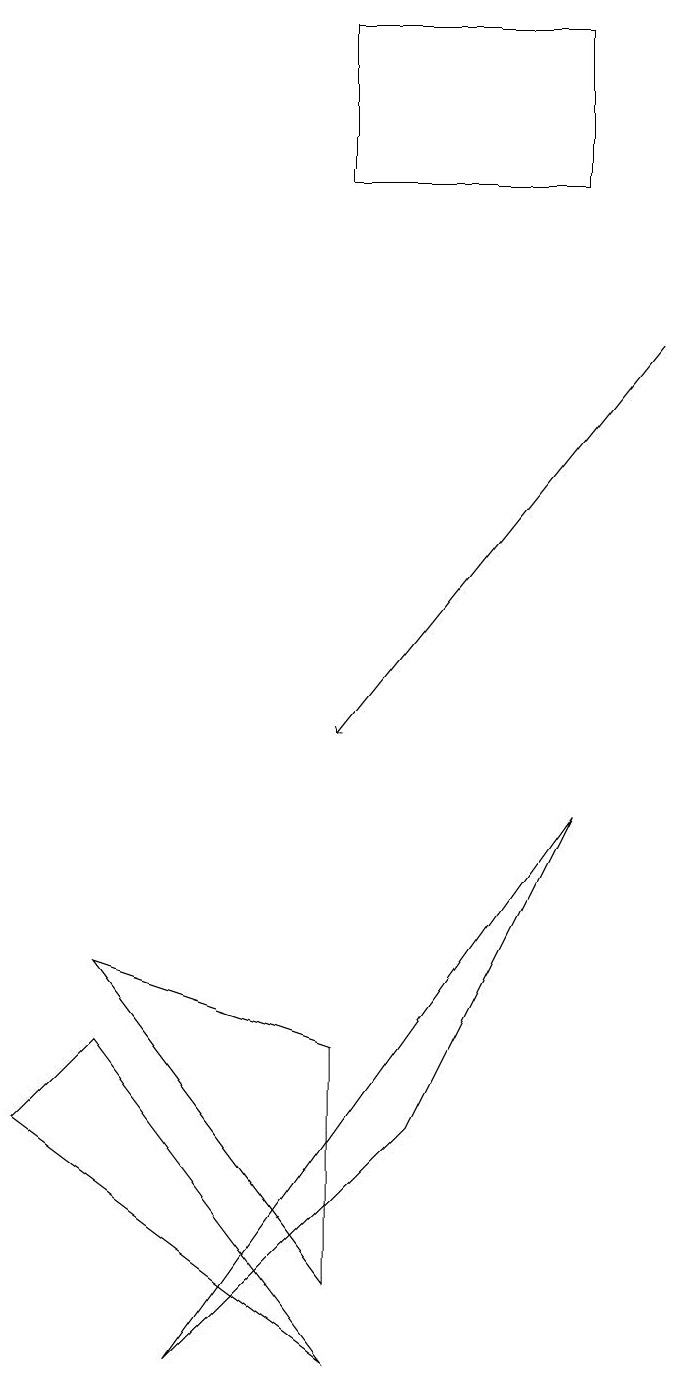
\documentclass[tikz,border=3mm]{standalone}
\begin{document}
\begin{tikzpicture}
\draw[->] (8,15) -- (4,10);
\draw (4,3) -- (1,7) -- (4,6) -- cycle;
\draw (7,19) rectangle (4,17);
\draw (2,2) -- (7,9) -- (5,5) -- cycle;
\draw (1,6) -- (4,2) -- (0,5) -- cycle;
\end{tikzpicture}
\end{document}